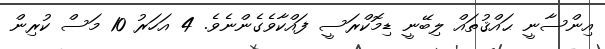
އިންސާނީ ޙައްޤުތައް ލިބޭނީ ޑިމޮކްރަސީ ފައްކާވެގެންނެވެ. 4 އަހަރު 10 މަސް ކުރިން